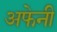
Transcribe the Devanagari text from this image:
अफेनी